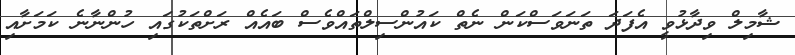
ޝާމިލް ވިދާޅުވީ އެފަދަ ތަނަވަސްކަން ނެތް ކައުންސިލްތައްވެސް ބައެއް ރަށްތަކުގައި ހުންނާނެ ކަމަށާއި